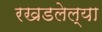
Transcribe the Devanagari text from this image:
रखडलेल्या